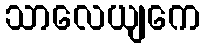
သာလေယျကေ